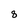
Character: 8